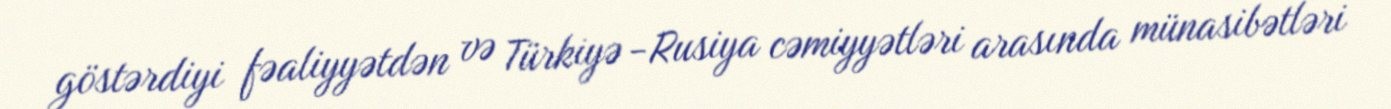
göstərdiyi fəaliyyətdən və Türkiyə -Rusiya cəmiyyətləri arasında münasibətləri